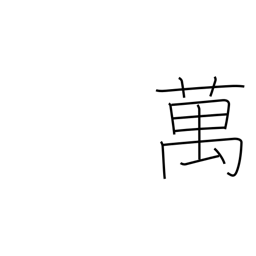
Meaning: 10,000